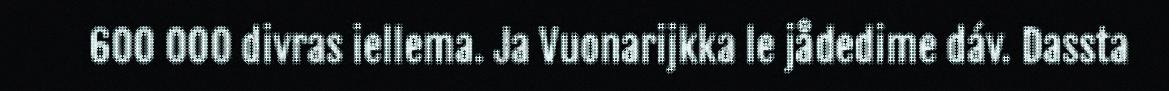
600 000 divras iellema. Ja Vuonarijkka le jådedime dáv. Dassta